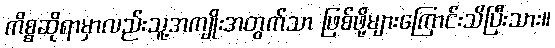
ကိစ္စဆိုရာမှာလည်းသူ့အကျိုးအတွက်သာ ဖြစ်ဖို့များကြောင်းသိပြီးသား။